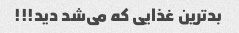
بدترین غذایی که می‌شد دید!!!